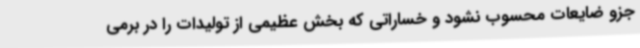
جزو ضایعات محسوب نشود و خساراتی که بخش عظیمی از تولیدات را در برمی